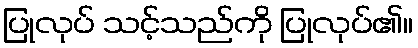
ပြုလုပ် သင့်သည်ကို ပြုလုပ်၏။